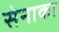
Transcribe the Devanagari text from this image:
सेनाका